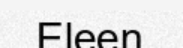
Eleen